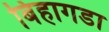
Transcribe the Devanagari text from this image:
बिहागडा